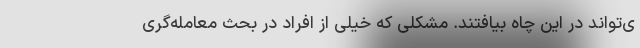
ی‌تواند در این چاه بیافتند. مشکلی که خیلی از افراد در بحث معامله‌گری